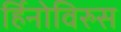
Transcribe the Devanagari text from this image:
र्हिनोविरुस